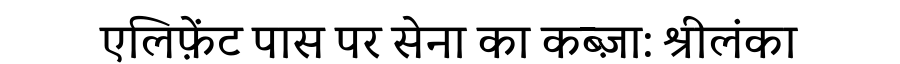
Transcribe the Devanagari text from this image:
एलिफ़ेंट पास पर सेना का कब्ज़ा: श्रीलंका